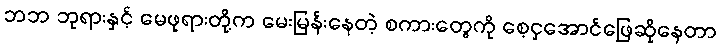
ဘဘ ဘုရားနှင့် မေဖုရားတို့က မေးမြန်းနေတဲ့ စကားတွေကို စေ့ငှအောင်ဖြေဆိုနေတာ